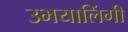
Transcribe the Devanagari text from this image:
उभयालिंगी